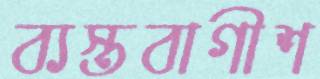
ব্যস্তবাগীশ